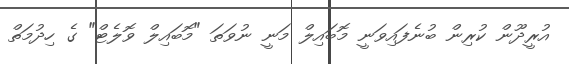
އުރީދޫން ކުރިން ބުނެފައިވަނީ މޮބައިލް މަނީ ނުވަތަ "މޮބައިލް ވޮލެޓް" ގެ ހިދުމަތް